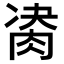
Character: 𦛇